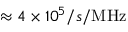
\approx 4 \times 1 0 ^ { 5 } / s / \mathrm { M H z }